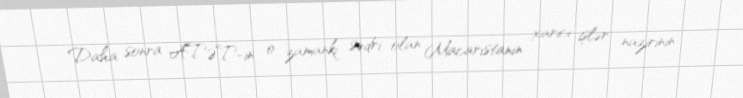
Daha sonra ATƏT-in o zamankı sədri olan Macarıstanın xarici işlər nazirinin